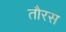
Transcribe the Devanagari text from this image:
तौरस